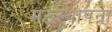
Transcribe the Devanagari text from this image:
मठस्थापना